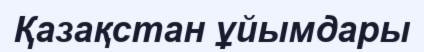
Қазақстан ұйымдары